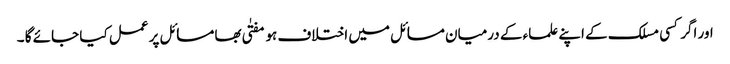
اور اگر کسی مسلک کے اپنے علماء کے درمیان مسائل میں اختلاف ہو مفتٰی بھا مسائل پر عمل کیا جائے گا ۔